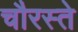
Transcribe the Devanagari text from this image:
चौरस्ते